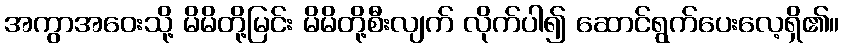
အကွာအဝေးသို့ မိမိတို့မြင်း မိမိတို့စီးလျက် လိုက်ပါ၍ ဆောင်ရွက်ပေးလေ့ရှိ၏။